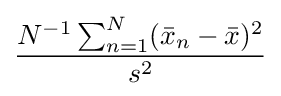
{\frac {N^{-1}\sum _{n=1}^{N}({\bar {x}}_{n}-{\bar {x}})^{2}}{s^{2}}}